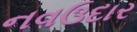
નવઉદાર